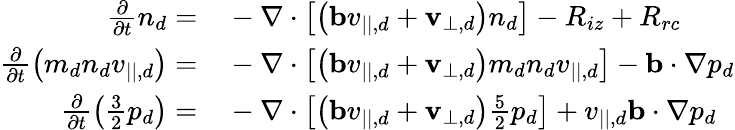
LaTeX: \begin{array}{rl}{\frac{\partial}{\partial t}n_{d}=}&{{}-\nabla\cdot\left[\left(\mathbf{b}v_{||,d}+\mathbf{v}_{\perp,d}\right)n_{d}\right]-R_{iz}+R_{rc}}\\ {\frac{\partial}{\partial t}\left(m_{d}n_{d}v_{||,d}\right)=}&{{}-\nabla\cdot\left[\left(\mathbf{b}v_{||,d}+\mathbf{v}_{\perp,d}\right)m_{d}n_{d}v_{||,d}\right]-\mathbf{b}\cdot\nabla p_{d}}\\ {\frac{\partial}{\partial t}\left(\frac{3}{2}p_{d}\right)=}&{{}-\nabla\cdot\left[\left(\mathbf{b}v_{||,d}+\mathbf{v}_{\perp,d}\right)\frac{5}{2}p_{d}\right]+v_{||,d}\mathbf{b}\cdot\nabla p_{d}}\end{array}